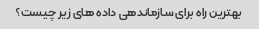
بهترین راه برای سازماندهی داده های زیر چیست؟